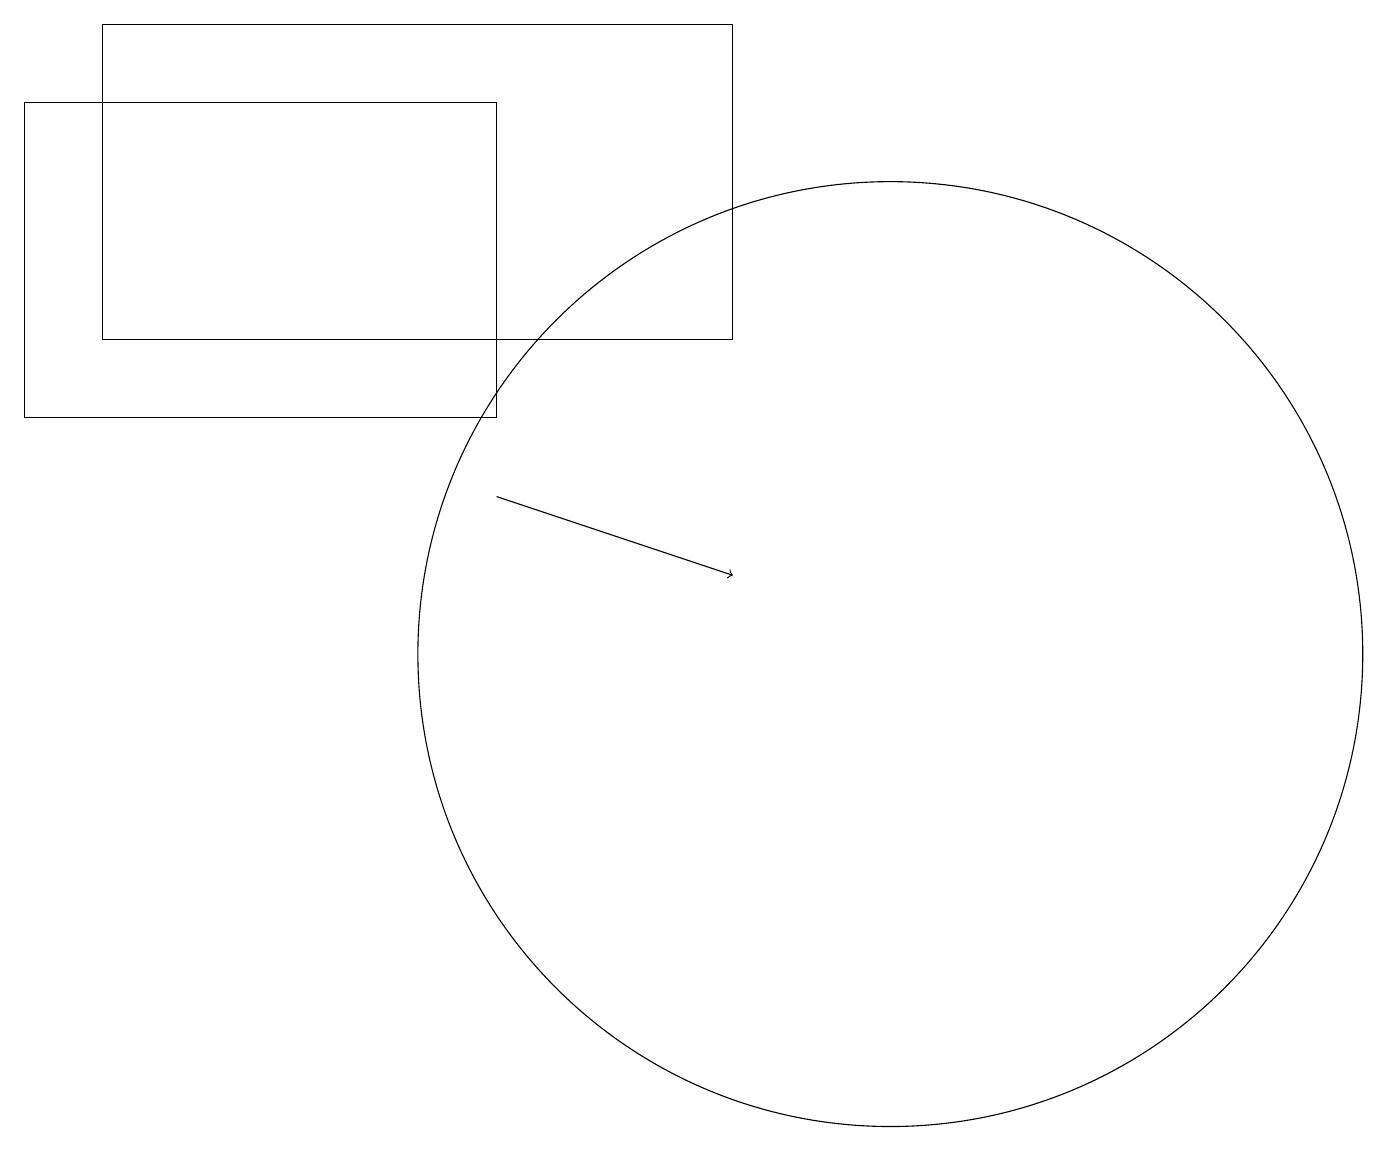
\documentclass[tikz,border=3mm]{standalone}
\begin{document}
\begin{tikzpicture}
\draw (1,18) rectangle (9,14);
\draw[->] (6,12) -- (9,11);
\draw (11,10) circle (6);
\draw (10,10) circle (0);
\draw (0,17) rectangle (6,13);
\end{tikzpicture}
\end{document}